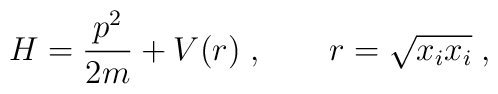
H = \frac{p^2}{2m} + V(r)\;,\qquad r = \sqrt{x_i x_i}\;,